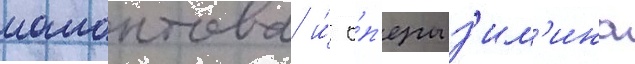
мамонтова и́ о́п'еры з'им'ина